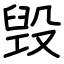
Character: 毁